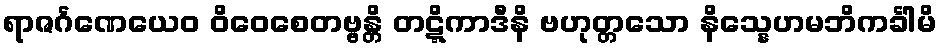
ရာဇင်္ဂဏေယေဝ ဝိဝေစေတဗ္ဗန္တိ တဋ္ဋိကာဒီနိ ဗဟုတ္တသော နိသ္နေဟမဘိကင်္ခါမိ